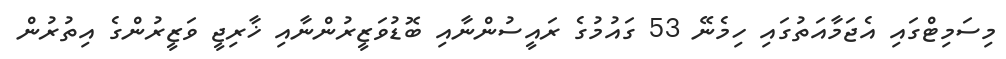
މިސަމިޓްގައި އެޖަމާއަތުގައި ހިމެނޭ 53 ގައުމުގެ ރައީސުންނާއި ބޮޑުވަޒީރުންނާއި ޚާރިޖީ ވަޒީރުންގެ އިތުރުން